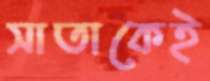
সাতাকেই